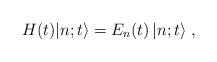
LaTeX: \begin{align*}H(t)|n;t\rangle=E_n(t)\,|n;t\rangle\;,\end{align*}